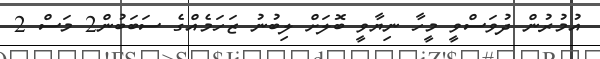
އުމުރުން ދުވަސްވީ މީހާ ނިޔާވީ ބޮލަށް ލިބުނު ޒަހަމެއްގެ ސަބަބުން2 މަސް 2